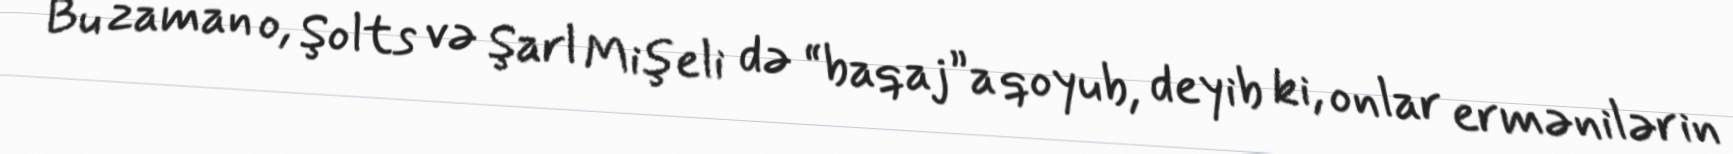
Bu zaman o, Şolts və Şarl Mişeli də “baqaj”a qoyub, deyib ki, onlar ermənilərin